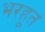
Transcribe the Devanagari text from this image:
भरहूत